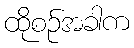
ထိုစဉ်အခါက